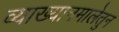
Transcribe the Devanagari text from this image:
व्याख्यानमालेतुन